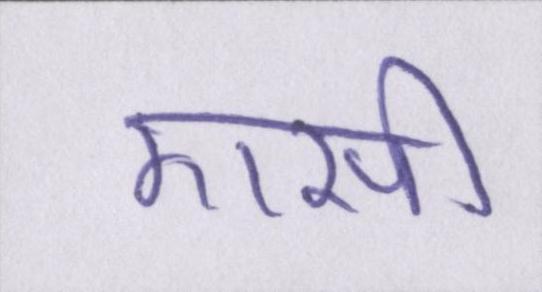
एसी